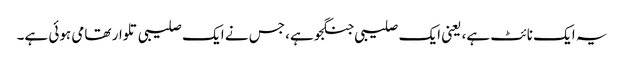
یہ ایک نائٹ ہے، یعنی ایک صلیبی جنگجو ہے، جس نے ایک صلیبی تلوار تھامی ہوئی ہے۔